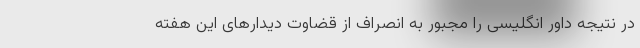
در نتیجه داور انگلیسی را مجبور به انصراف از قضاوت دیدارهای این هفته